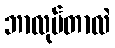
ဘာလုပ်တာလဲ